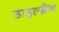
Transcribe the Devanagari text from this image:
डाहल्ग्रैन